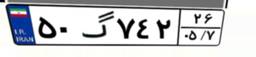
۷۴گ۶۰۳۴۴